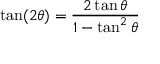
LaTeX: \tan ( 2 \theta ) = { \frac { 2 \tan \theta } { 1 - \tan ^ { 2 } \theta } }